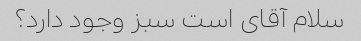
سلام آقای است سبز وجود دارد؟